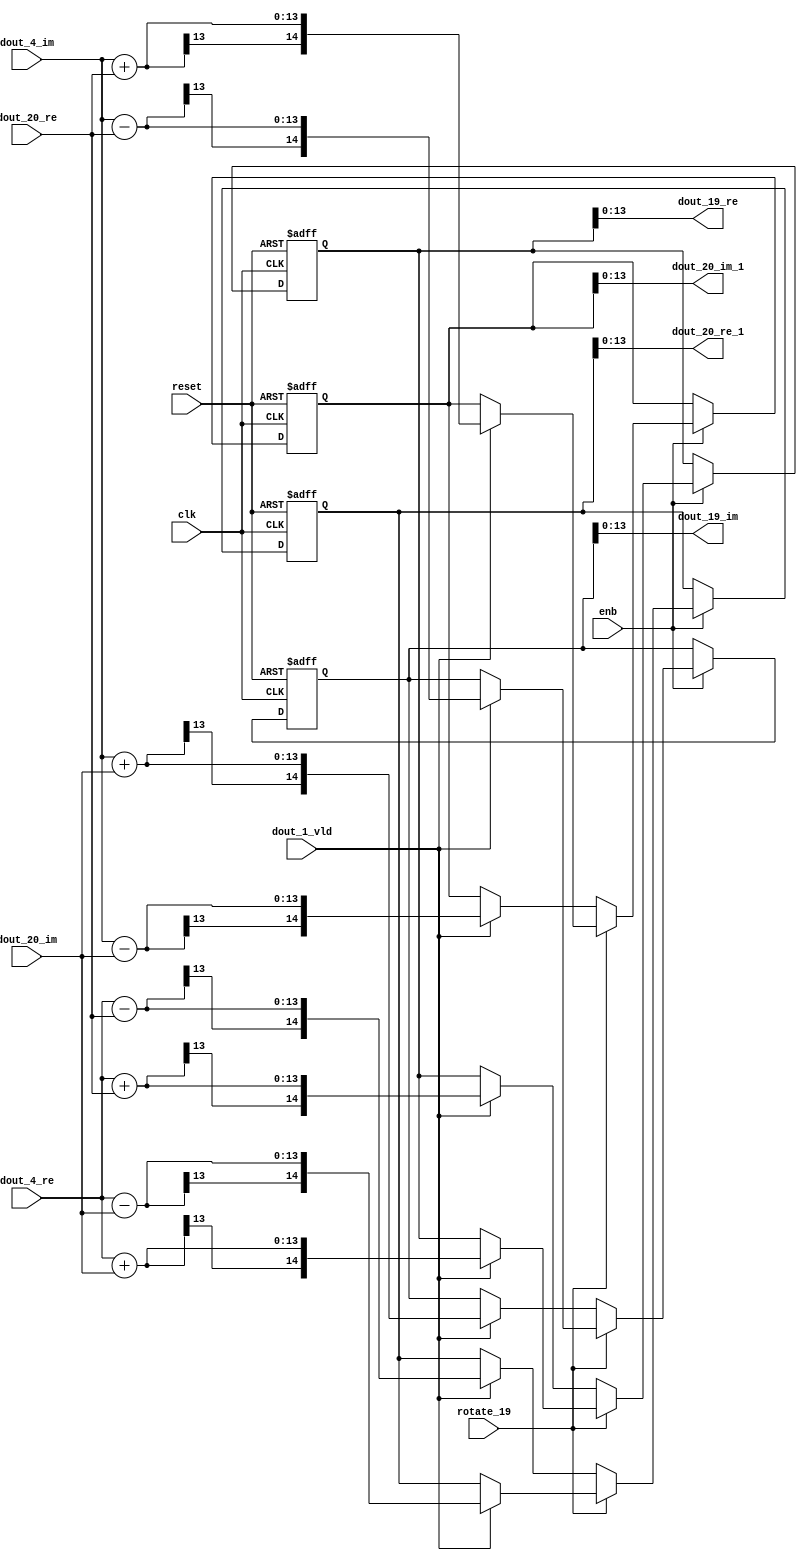
// -------------------------------------------------------------
// 
// 
// Generated by MATLAB 9.14 and HDL Coder 4.1
// 
// -------------------------------------------------------------


// -------------------------------------------------------------
// 
// Module: RADIX22FFT_SDNF2_2_block8
// Source Path: RSP/RSP/Velocity Processor/Doppler Processing/Doppler Processor/FFT/RADIX22FFT_SDNF2_2
// Hierarchy Level: 5
// 
// -------------------------------------------------------------

`timescale 1 ns / 1 ns

module RADIX22FFT_SDNF2_2_block8
          (clk,
           reset,
           enb,
           rotate_19,
           dout_4_re,
           dout_4_im,
           dout_20_re,
           dout_20_im,
           dout_1_vld,
           dout_19_re,
           dout_19_im,
           dout_20_re_1,
           dout_20_im_1);


  input   clk;
  input   reset;
  input   enb;
  input   rotate_19;  // ufix1
  input   signed [12:0] dout_4_re;  // sfix13_En10
  input   signed [12:0] dout_4_im;  // sfix13_En10
  input   signed [12:0] dout_20_re;  // sfix13_En10
  input   signed [12:0] dout_20_im;  // sfix13_En10
  input   dout_1_vld;
  output  signed [13:0] dout_19_re;  // sfix14_En10
  output  signed [13:0] dout_19_im;  // sfix14_En10
  output  signed [13:0] dout_20_re_1;  // sfix14_En10
  output  signed [13:0] dout_20_im_1;  // sfix14_En10


  wire signed [13:0] din1_re;  // sfix14_En10
  wire signed [13:0] din1_im;  // sfix14_En10
  wire signed [13:0] din2_re;  // sfix14_En10
  wire signed [13:0] din2_im;  // sfix14_En10
  reg  Radix22ButterflyG2_NF_din_vld_dly;
  reg signed [14:0] Radix22ButterflyG2_NF_btf1_re_reg;  // sfix15
  reg signed [14:0] Radix22ButterflyG2_NF_btf1_im_reg;  // sfix15
  reg signed [14:0] Radix22ButterflyG2_NF_btf2_re_reg;  // sfix15
  reg signed [14:0] Radix22ButterflyG2_NF_btf2_im_reg;  // sfix15
  reg  Radix22ButterflyG2_NF_din_vld_dly_next;
  reg signed [14:0] Radix22ButterflyG2_NF_btf1_re_reg_next;  // sfix15_En10
  reg signed [14:0] Radix22ButterflyG2_NF_btf1_im_reg_next;  // sfix15_En10
  reg signed [14:0] Radix22ButterflyG2_NF_btf2_re_reg_next;  // sfix15_En10
  reg signed [14:0] Radix22ButterflyG2_NF_btf2_im_reg_next;  // sfix15_En10
  reg signed [13:0] dout_19_re_1;  // sfix14_En10
  reg signed [13:0] dout_19_im_1;  // sfix14_En10
  reg signed [13:0] dout_20_re_2;  // sfix14_En10
  reg signed [13:0] dout_20_im_2;  // sfix14_En10
  reg  dout_2_vld;
  reg signed [14:0] Radix22ButterflyG2_NF_add_cast;  // sfix15_En10
  reg signed [14:0] Radix22ButterflyG2_NF_add_cast_0;  // sfix15_En10
  reg signed [14:0] Radix22ButterflyG2_NF_add_cast_1;  // sfix15_En10
  reg signed [14:0] Radix22ButterflyG2_NF_add_cast_2;  // sfix15_En10
  reg signed [14:0] Radix22ButterflyG2_NF_sub_cast;  // sfix15_En10
  reg signed [14:0] Radix22ButterflyG2_NF_sub_cast_0;  // sfix15_En10
  reg signed [14:0] Radix22ButterflyG2_NF_sub_cast_1;  // sfix15_En10
  reg signed [14:0] Radix22ButterflyG2_NF_sub_cast_2;  // sfix15_En10
  reg signed [14:0] Radix22ButterflyG2_NF_add_cast_3;  // sfix15_En10
  reg signed [14:0] Radix22ButterflyG2_NF_add_cast_4;  // sfix15_En10
  reg signed [14:0] Radix22ButterflyG2_NF_add_cast_5;  // sfix15_En10
  reg signed [14:0] Radix22ButterflyG2_NF_add_cast_6;  // sfix15_En10
  reg signed [14:0] Radix22ButterflyG2_NF_sub_cast_3;  // sfix15_En10
  reg signed [14:0] Radix22ButterflyG2_NF_sub_cast_4;  // sfix15_En10
  reg signed [14:0] Radix22ButterflyG2_NF_sub_cast_5;  // sfix15_En10
  reg signed [14:0] Radix22ButterflyG2_NF_sub_cast_6;  // sfix15_En10


  assign din1_re = {dout_4_re[12], dout_4_re};



  assign din1_im = {dout_4_im[12], dout_4_im};



  assign din2_re = {dout_20_re[12], dout_20_re};



  assign din2_im = {dout_20_im[12], dout_20_im};



  // Radix22ButterflyG2_NF
  always @(posedge clk or posedge reset)
    begin : Radix22ButterflyG2_NF_process
      if (reset == 1'b1) begin
        Radix22ButterflyG2_NF_din_vld_dly <= 1'b0;
        Radix22ButterflyG2_NF_btf1_re_reg <= 15'sb000000000000000;
        Radix22ButterflyG2_NF_btf1_im_reg <= 15'sb000000000000000;
        Radix22ButterflyG2_NF_btf2_re_reg <= 15'sb000000000000000;
        Radix22ButterflyG2_NF_btf2_im_reg <= 15'sb000000000000000;
      end
      else begin
        if (enb) begin
          Radix22ButterflyG2_NF_din_vld_dly <= Radix22ButterflyG2_NF_din_vld_dly_next;
          Radix22ButterflyG2_NF_btf1_re_reg <= Radix22ButterflyG2_NF_btf1_re_reg_next;
          Radix22ButterflyG2_NF_btf1_im_reg <= Radix22ButterflyG2_NF_btf1_im_reg_next;
          Radix22ButterflyG2_NF_btf2_re_reg <= Radix22ButterflyG2_NF_btf2_re_reg_next;
          Radix22ButterflyG2_NF_btf2_im_reg <= Radix22ButterflyG2_NF_btf2_im_reg_next;
        end
      end
    end

  always @(Radix22ButterflyG2_NF_btf1_im_reg, Radix22ButterflyG2_NF_btf1_re_reg,
       Radix22ButterflyG2_NF_btf2_im_reg, Radix22ButterflyG2_NF_btf2_re_reg,
       Radix22ButterflyG2_NF_din_vld_dly, din1_im, din1_re, din2_im, din2_re,
       dout_1_vld, rotate_19) begin
    Radix22ButterflyG2_NF_add_cast_1 = 15'sb000000000000000;
    Radix22ButterflyG2_NF_add_cast_2 = 15'sb000000000000000;
    Radix22ButterflyG2_NF_sub_cast_1 = 15'sb000000000000000;
    Radix22ButterflyG2_NF_sub_cast_2 = 15'sb000000000000000;
    Radix22ButterflyG2_NF_add_cast_5 = 15'sb000000000000000;
    Radix22ButterflyG2_NF_add_cast_6 = 15'sb000000000000000;
    Radix22ButterflyG2_NF_sub_cast_5 = 15'sb000000000000000;
    Radix22ButterflyG2_NF_sub_cast_6 = 15'sb000000000000000;
    Radix22ButterflyG2_NF_add_cast = 15'sb000000000000000;
    Radix22ButterflyG2_NF_add_cast_0 = 15'sb000000000000000;
    Radix22ButterflyG2_NF_sub_cast = 15'sb000000000000000;
    Radix22ButterflyG2_NF_sub_cast_0 = 15'sb000000000000000;
    Radix22ButterflyG2_NF_add_cast_3 = 15'sb000000000000000;
    Radix22ButterflyG2_NF_add_cast_4 = 15'sb000000000000000;
    Radix22ButterflyG2_NF_sub_cast_3 = 15'sb000000000000000;
    Radix22ButterflyG2_NF_sub_cast_4 = 15'sb000000000000000;
    Radix22ButterflyG2_NF_btf1_re_reg_next = Radix22ButterflyG2_NF_btf1_re_reg;
    Radix22ButterflyG2_NF_btf1_im_reg_next = Radix22ButterflyG2_NF_btf1_im_reg;
    Radix22ButterflyG2_NF_btf2_re_reg_next = Radix22ButterflyG2_NF_btf2_re_reg;
    Radix22ButterflyG2_NF_btf2_im_reg_next = Radix22ButterflyG2_NF_btf2_im_reg;
    Radix22ButterflyG2_NF_din_vld_dly_next = dout_1_vld;
    if (rotate_19 != 1'b0) begin
      if (dout_1_vld) begin
        Radix22ButterflyG2_NF_add_cast_1 = {din1_re[13], din1_re};
        Radix22ButterflyG2_NF_add_cast_2 = {din2_im[13], din2_im};
        Radix22ButterflyG2_NF_btf1_re_reg_next = Radix22ButterflyG2_NF_add_cast_1 + Radix22ButterflyG2_NF_add_cast_2;
        Radix22ButterflyG2_NF_sub_cast_1 = {din1_re[13], din1_re};
        Radix22ButterflyG2_NF_sub_cast_2 = {din2_im[13], din2_im};
        Radix22ButterflyG2_NF_btf2_re_reg_next = Radix22ButterflyG2_NF_sub_cast_1 - Radix22ButterflyG2_NF_sub_cast_2;
        Radix22ButterflyG2_NF_add_cast_5 = {din1_im[13], din1_im};
        Radix22ButterflyG2_NF_add_cast_6 = {din2_re[13], din2_re};
        Radix22ButterflyG2_NF_btf2_im_reg_next = Radix22ButterflyG2_NF_add_cast_5 + Radix22ButterflyG2_NF_add_cast_6;
        Radix22ButterflyG2_NF_sub_cast_5 = {din1_im[13], din1_im};
        Radix22ButterflyG2_NF_sub_cast_6 = {din2_re[13], din2_re};
        Radix22ButterflyG2_NF_btf1_im_reg_next = Radix22ButterflyG2_NF_sub_cast_5 - Radix22ButterflyG2_NF_sub_cast_6;
      end
    end
    else if (dout_1_vld) begin
      Radix22ButterflyG2_NF_add_cast = {din1_re[13], din1_re};
      Radix22ButterflyG2_NF_add_cast_0 = {din2_re[13], din2_re};
      Radix22ButterflyG2_NF_btf1_re_reg_next = Radix22ButterflyG2_NF_add_cast + Radix22ButterflyG2_NF_add_cast_0;
      Radix22ButterflyG2_NF_sub_cast = {din1_re[13], din1_re};
      Radix22ButterflyG2_NF_sub_cast_0 = {din2_re[13], din2_re};
      Radix22ButterflyG2_NF_btf2_re_reg_next = Radix22ButterflyG2_NF_sub_cast - Radix22ButterflyG2_NF_sub_cast_0;
      Radix22ButterflyG2_NF_add_cast_3 = {din1_im[13], din1_im};
      Radix22ButterflyG2_NF_add_cast_4 = {din2_im[13], din2_im};
      Radix22ButterflyG2_NF_btf1_im_reg_next = Radix22ButterflyG2_NF_add_cast_3 + Radix22ButterflyG2_NF_add_cast_4;
      Radix22ButterflyG2_NF_sub_cast_3 = {din1_im[13], din1_im};
      Radix22ButterflyG2_NF_sub_cast_4 = {din2_im[13], din2_im};
      Radix22ButterflyG2_NF_btf2_im_reg_next = Radix22ButterflyG2_NF_sub_cast_3 - Radix22ButterflyG2_NF_sub_cast_4;
    end
    dout_19_re_1 = Radix22ButterflyG2_NF_btf1_re_reg[13:0];
    dout_19_im_1 = Radix22ButterflyG2_NF_btf1_im_reg[13:0];
    dout_20_re_2 = Radix22ButterflyG2_NF_btf2_re_reg[13:0];
    dout_20_im_2 = Radix22ButterflyG2_NF_btf2_im_reg[13:0];
    dout_2_vld = Radix22ButterflyG2_NF_din_vld_dly;
  end



  assign dout_19_re = dout_19_re_1;

  assign dout_19_im = dout_19_im_1;

  assign dout_20_re_1 = dout_20_re_2;

  assign dout_20_im_1 = dout_20_im_2;

endmodule  // RADIX22FFT_SDNF2_2_block8